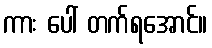
ကား ပေါ် တက်ရအောင်။